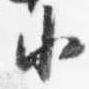
小